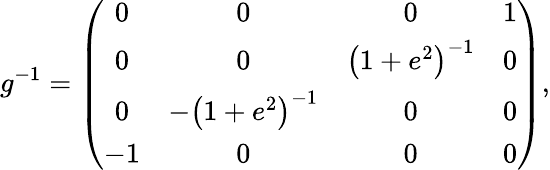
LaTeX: g^{-1}=\left(\begin{array}{cccc}{{0}}&{{0}}&{{0}}&{{1}}\\ {{0}}&{{0}}&{{\left(1+e^{2}\right)^{-1}}}&{{0}}\\ {{0}}&{{-\left(1+e^{2}\right)^{-1}}}&{{0}}&{{0}}\\ {{-1}}&{{0}}&{{0}}&{{0}}\end{array}\right),